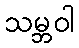
သမ္ဘဝါ